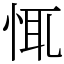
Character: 㤴